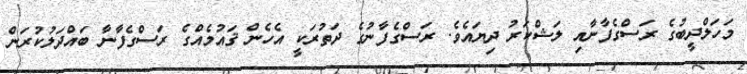
މަހަލްދީބުގެ ރަސްގެފާނާއި ލަޝްކަރު ދިޔައެވެ. ރަސްގެފާނުގެ ދަތުރަކީ އެހެން ޤައުމެއްގެ ރަސްގެފާނާ ބައްދަލުކުރަން